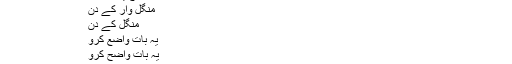
غلط الفاظ
صحیح الفاظ
اژدہام
حامی بھرنا
ہامی بھرنا
مواقعوں
مواقع یا موقعوں
منگل وار کے دن
منگل کے دن
یہ بات واضع کرو
یہ بات واضح کرو
حساب بے باک کرو
حساب بےباق کرو
رقیق حملہ
سیب کا مربع
سیب کا مربّہ
ہلال احمر
ان کے علاوہ جملوں میں تذکیر و تانیث یعنی مذکر مؤنث کی غلطیاں بھی بہت عام ہیں۔